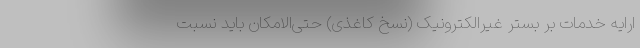
ارایه خدمات بر بستر غیرالکترونیک (نسخ کاغذی) حتی‌الامکان باید نسبت